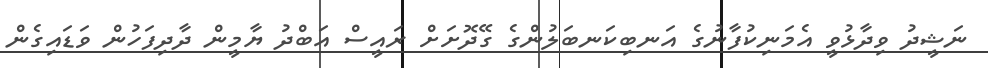
ނަޝީދު ވިދާޅުވީ އެމަނިކުފާނުގެ އަނބިކަނބަލުންގެ ގޭދޮށަށް ރައީސް އަބްދު ޔާމީން ދާދިފަހުން ވަޑައިގެން